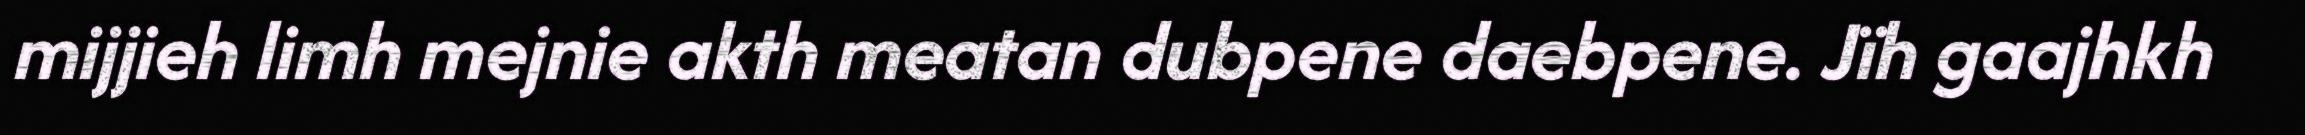
mijjieh limh mejnie akth meatan dubpene daebpene. Jïh gaajhkh